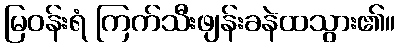
မြဝန်းရံ ကြက်သီးဖျန်းခနဲထသွား၏။